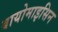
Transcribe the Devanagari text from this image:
बायोमाइसिन